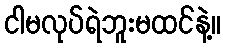
ငါမလုပ်ရဲဘူးမထင်နဲ့။